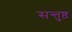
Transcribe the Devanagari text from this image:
सन्तुष्ठ